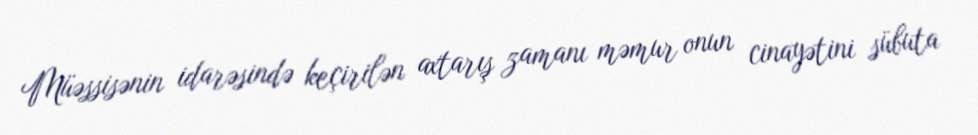
Müəssisənin idarəsində keçirilən axtarış zamanı məmur onun cinayətini sübuta